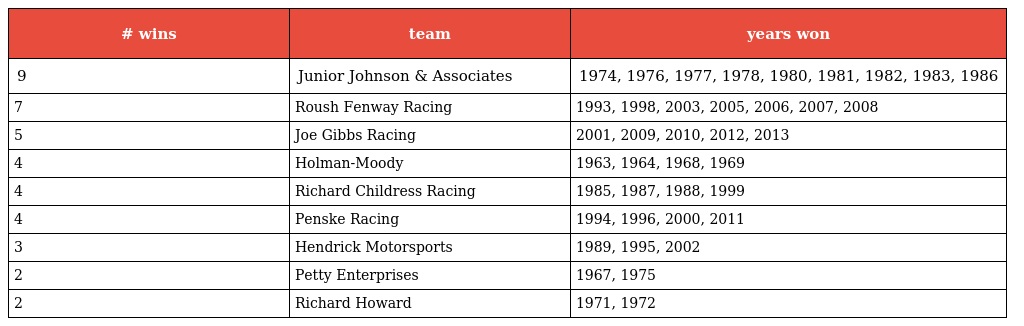
| # wins | team | years won |
 | --- | --- | --- |
 | 9 | Junior Johnson & Associates | 1974, 1976, 1977, 1978, 1980, 1981, 1982, 1983, 1986 |
 | 7 | Roush Fenway Racing | 1993, 1998, 2003, 2005, 2006, 2007, 2008 |
 | 5 | Joe Gibbs Racing | 2001, 2009, 2010, 2012, 2013 |
 | 4 | Holman-Moody | 1963, 1964, 1968, 1969 |
 | 4 | Richard Childress Racing | 1985, 1987, 1988, 1999 |
 | 4 | Penske Racing | 1994, 1996, 2000, 2011 |
 | 3 | Hendrick Motorsports | 1989, 1995, 2002 |
 | 2 | Petty Enterprises | 1967, 1975 |
 | 2 | Richard Howard | 1971, 1972 |